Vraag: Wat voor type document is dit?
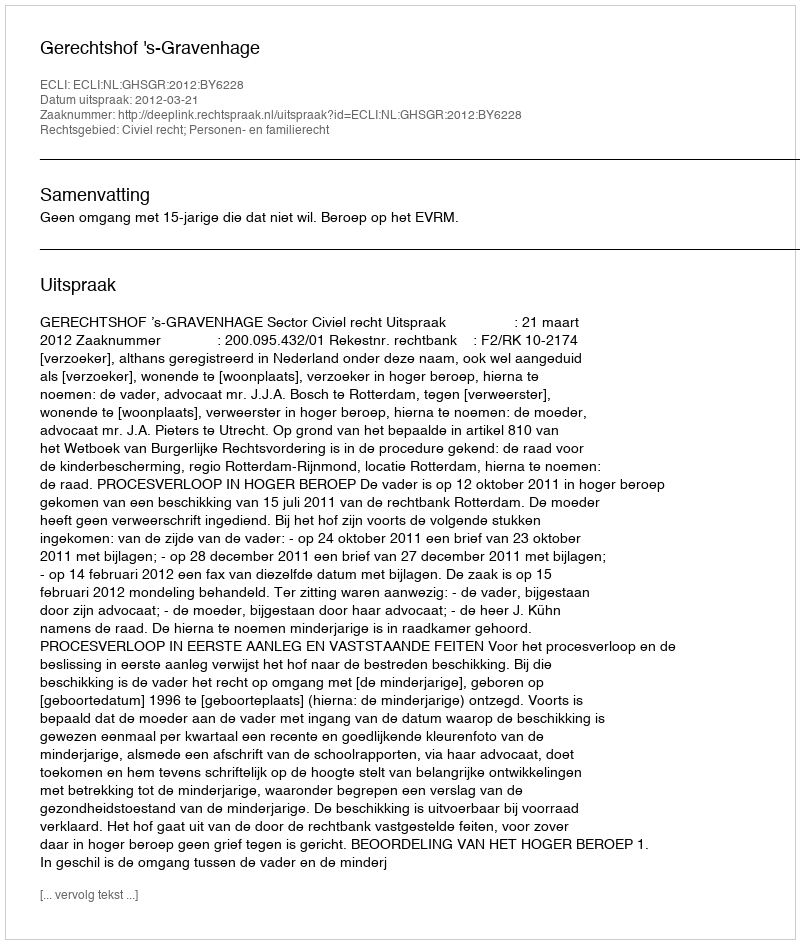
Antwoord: Uitspraak